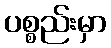
ပစ္စည်းမှာ